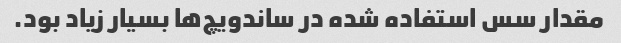
مقدار سس استفاده شده در ساندویچ‌ها بسیار زیاد بود.